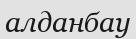
алданбау